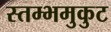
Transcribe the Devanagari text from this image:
स्तम्भमुकुट